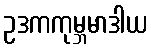
ဥဒကကုမ္ဘမာဒါယ